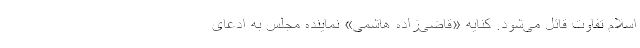
اسلام تفاوت قائل می‌شود. کنایه «قاضی‌زاده هاشمی» نماینده مجلس به ادعای